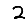
Digit: 2